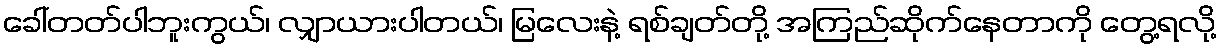
ခေါ်တတ်ပါဘူးကွယ်၊ လျှာယားပါတယ်၊ မြလေးနဲ့ ရစ်ချတ်တို့ အကြည်ဆိုက်နေတာကို တွေ့ရလို့